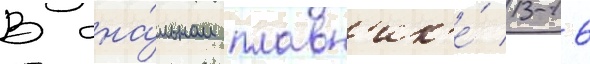
В ана́льном плавн'ик'е́ 13-16